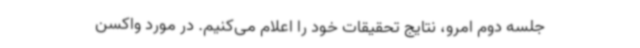
جلسه دوم امرو، نتایج تحقیقات خود را اعلام می‌کنیم. در مورد واکسن